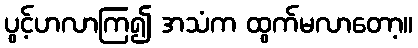
ပွင့်ဟလာကြ၍ အသံက ထွက်မလာတော့။